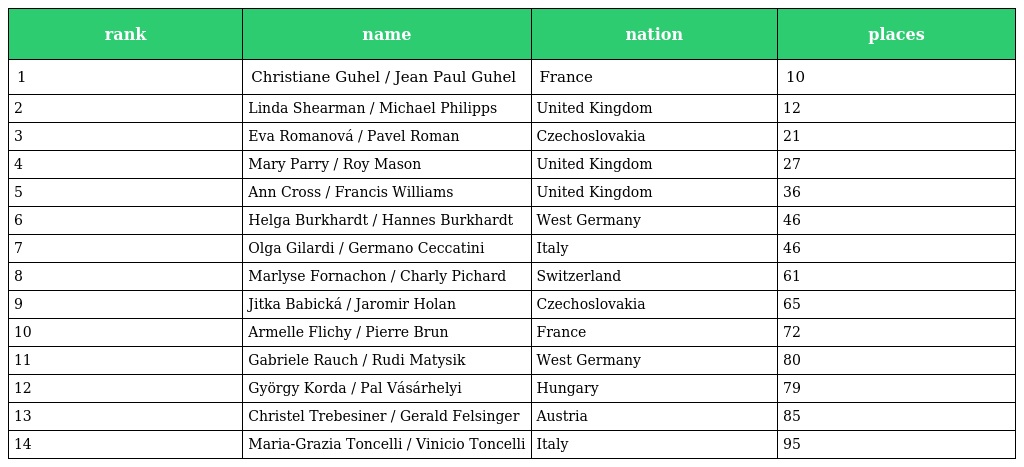
| rank | name | nation | places |
 | --- | --- | --- | --- |
 | 1 | Christiane Guhel / Jean Paul Guhel | France | 10 |
 | 2 | Linda Shearman / Michael Philipps | United Kingdom | 12 |
 | 3 | Eva Romanová / Pavel Roman | Czechoslovakia | 21 |
 | 4 | Mary Parry / Roy Mason | United Kingdom | 27 |
 | 5 | Ann Cross / Francis Williams | United Kingdom | 36 |
 | 6 | Helga Burkhardt / Hannes Burkhardt | West Germany | 46 |
 | 7 | Olga Gilardi / Germano Ceccatini | Italy | 46 |
 | 8 | Marlyse Fornachon / Charly Pichard | Switzerland | 61 |
 | 9 | Jitka Babická / Jaromir Holan | Czechoslovakia | 65 |
 | 10 | Armelle Flichy / Pierre Brun | France | 72 |
 | 11 | Gabriele Rauch / Rudi Matysik | West Germany | 80 |
 | 12 | György Korda / Pal Vásárhelyi | Hungary | 79 |
 | 13 | Christel Trebesiner / Gerald Felsinger | Austria | 85 |
 | 14 | Maria-Grazia Toncelli / Vinicio Toncelli | Italy | 95 |